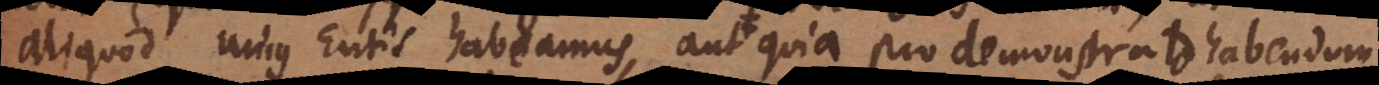
aliquod unius Entis habeamus, aut quia pro demonstrato habendum